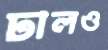
ঢালও